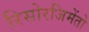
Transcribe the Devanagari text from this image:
रिसोरजिमेंतो